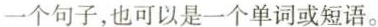
一个句子,也可以是一个单词或短语。